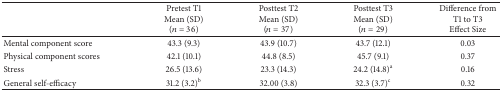
|  | Pretest T1 Mean (SD) (n = 36) | Posttest T2 Mean (SD) (n = 37) | Posttest T3 Mean (SD) (n = 29) | Difference from T1 to T3Effect Size |
 | --- | --- | --- | --- | --- |
 | Mental component score | 43.3 (9.3) | 43.9 (10.7) | 43.7 (12.1) | 0.03 |
 | Physical component scores | 42.1 (10.1) | 44.8 (8.5) | 45.7 (9.1) | 0.37 |
 | Stress | 26.5 (13.6) | 23.3 (14.3) | 24.2 (14.8)a | 0.16 |
 | General self-efficacy | 31.2 (3.2)b | 32.00 (3.8) | 32.3 (3.7)c | 0.32 |